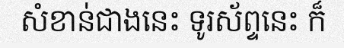
សំខាន់ជាងនេះ ទូរស័ព្ទនេះ ក៏